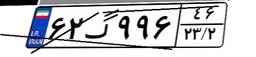
۶۲گ۹۹۶۴۶